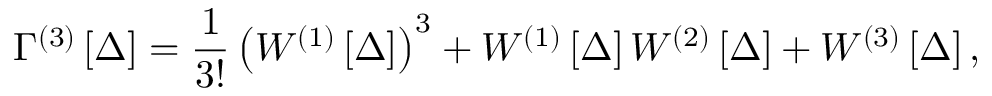
\Gamma ^ { \left( 3 \right) } \left[ \Delta \right] = \frac { 1 } { 3 ! } \left( W ^ { \left( 1 \right) } \left[ \Delta \right] \right) ^ { 3 } + W ^ { \left( 1 \right) } \left[ \Delta \right] W ^ { \left( 2 \right) } \left[ \Delta \right] + W ^ { \left( 3 \right) } \left[ \Delta \right] ,